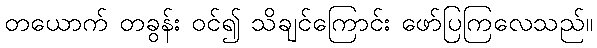
တယောက် တခွန်း ဝင်၍ သိချင်ကြောင်း ဖော်ပြကြလေသည်။